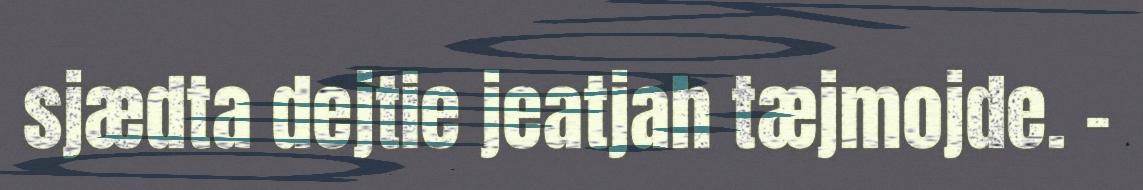
sjædta dejtie jeatjah tæjmojde. –